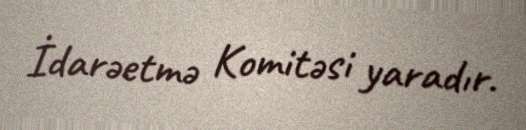
İdarəetmə Komitəsi yaradır.